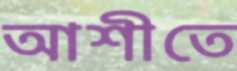
আশীতে